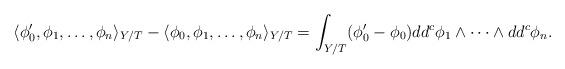
LaTeX: \begin{align*} \langle\phi'_0,\phi_1,\dots,\phi_n\rangle_{Y/T}-\langle\phi_0,\phi_1,\dots,\phi_n\rangle_{Y/T}=\int_{Y/T}(\phi'_0-\phi_0)dd^c\phi_1\wedge\dots\wedge dd^c\phi_n. \end{align*}